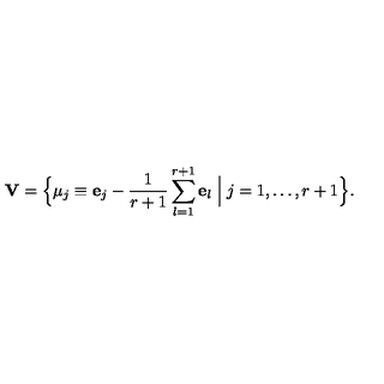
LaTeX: { \bf V } = \Bigl \{ \mu _ { j } \equiv { \bf e } _ { j } - \frac { 1 } { r + 1 } \sum _ { l = 1 } ^ { r + 1 } { \bf e } _ { l } \Bigm | j = 1 , \ldots , r + 1 \Bigr \} .